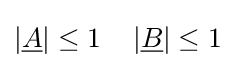
\left|{\underline {A}}\right|\leq 1\quad \left|{\underline {B}}\right|\leq 1